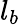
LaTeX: l_{b}